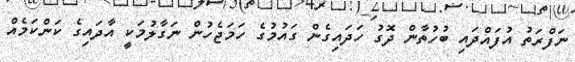
ނަފްރަތު އުފައްދައި ބުހުތާން ދޮގު ހަދައިގެން ގައުމުގެ ހަމަޖެހުން ނަގާލުމަކީ އާދައިގެ ކަންކަމެއް